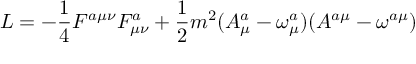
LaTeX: L = - \frac 1 4 F ^ { a \mu \nu } F _ { \mu \nu } ^ { a } + \frac 1 2 m ^ { 2 } ( A _ { \mu } ^ { a } - \omega _ { \mu } ^ { a } ) ( A ^ { a \mu } - \omega ^ { a \mu } )